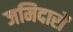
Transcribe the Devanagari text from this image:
जमिदारों